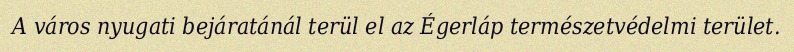
A város nyugati bejáratánál terül el az Égerláp természetvédelmi terület.